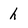
Character: h